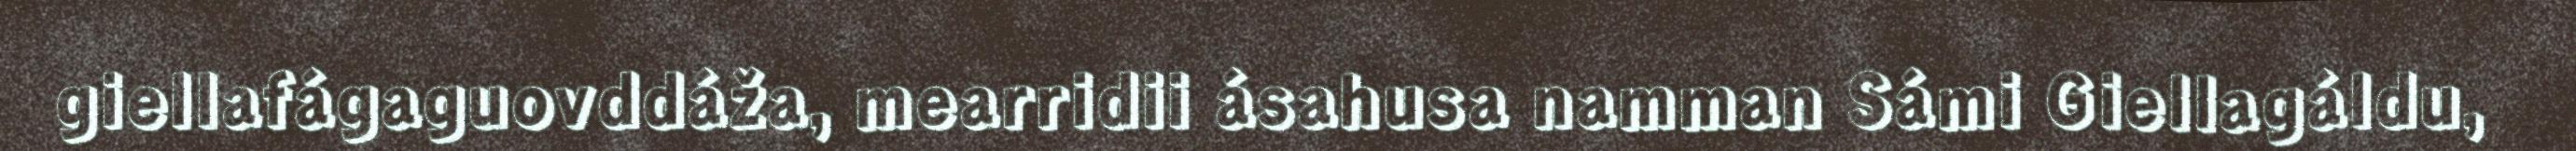
giellafágaguovddáža, mearridii ásahusa namman Sámi Giellagáldu,